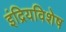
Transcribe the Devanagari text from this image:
इंद्रियविशेष